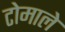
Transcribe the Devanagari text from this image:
टोमाले